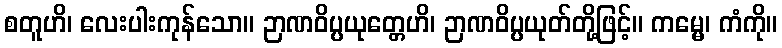
စတူဟိ၊ လေးပါးကုန်သော။ ဉာဏဝိပ္ပယုတ္တေဟိ၊ ဉာဏဝိပ္ပယုတ်တို့ဖြင့်။ ကမ္မေ၊ ကံကို။